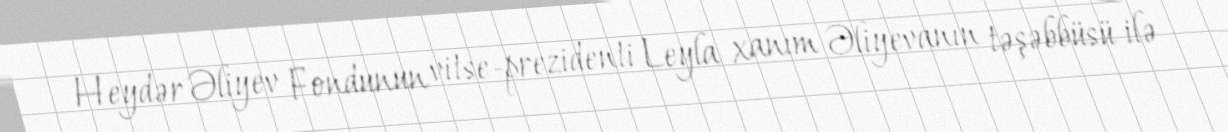
Heydər Əliyev Fondunun vitse-prezidenti Leyla xanım Əliyevanın təşəbbüsü ilə